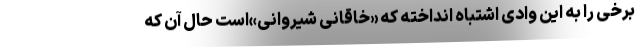
برخی را به این وادی اشتباه انداخته که «خاقانی شیروانی»است حال آن که